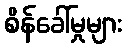
စိန်ခေါ်မှုများ